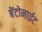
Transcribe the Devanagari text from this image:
बेंटोनाईट